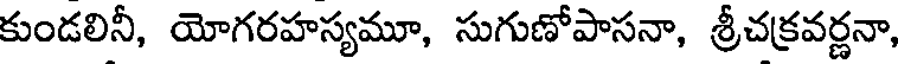
కుండలినీ, యోగరహస్యమూ, సుగుణోపాసనా, శ్రీచక్రవర్ణనా,